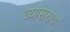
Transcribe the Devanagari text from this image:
व्यासराय